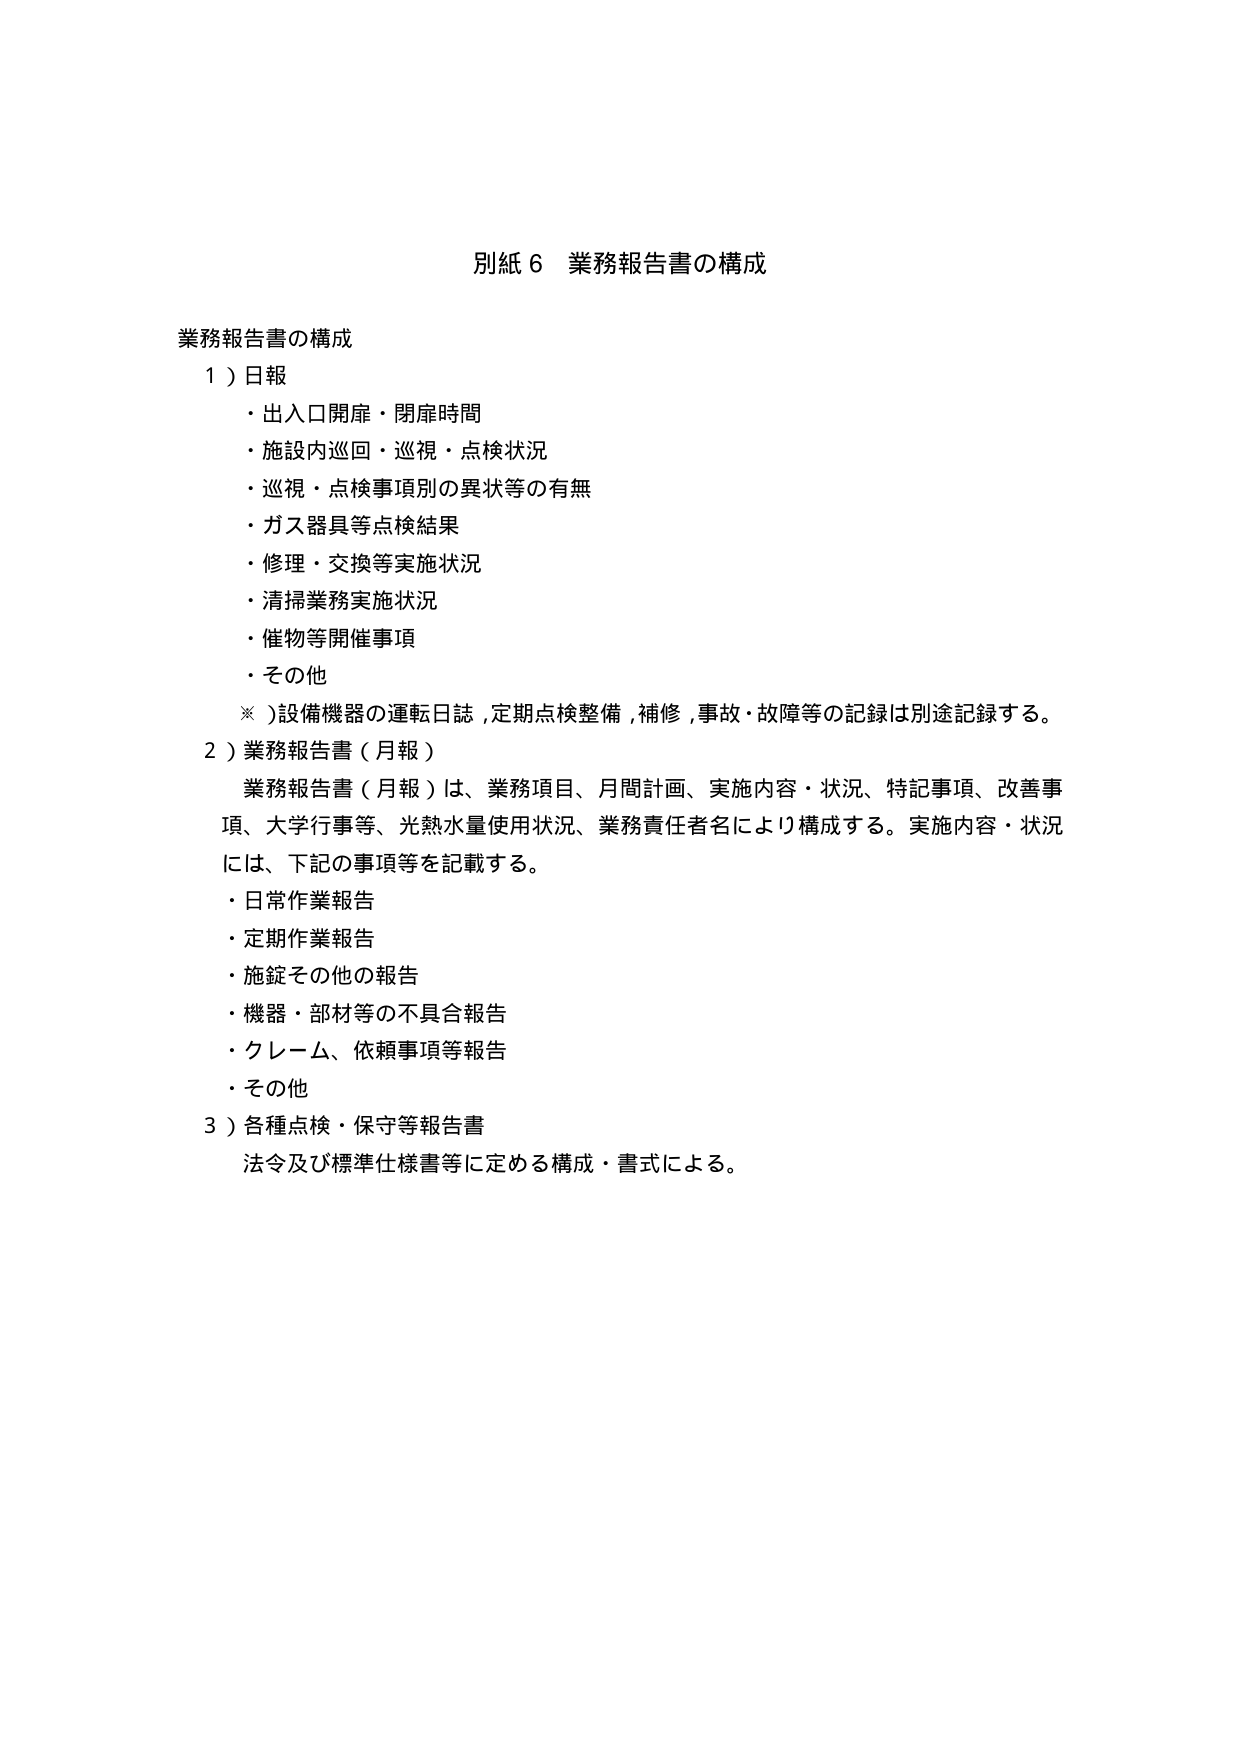
別紙６ 業務報告書の構成

業務報告書の構成
１）日報
・出入口開扉・閉扉時間
・施設内巡回・巡視・点検状況
・巡視・点検事項別の異状等の有無
・ガス器具等点検結果
・修理・交換等実施状況
・清掃業務実施状況
・催物等開催事項
・その他
※）設備機器の運転日誌、定期点検整備、補修、事故・故障等の記録は別途記録する。
２）業務報告書（月報）
業務報告書（月報）は、業務項目、月間計画、実施内容・状況、特記事項、改善事項、大学行事等、光熱水量使用状況、業務責任者名により構成する。実施内容・状況には、下記の事項等を記載する。
・日常作業報告
・定期作業報告
・施錠その他の報告
・機器・部材等の不具合報告
・クレーム、依頼事項等報告
・その他
３）各種点検・保守等報告書
法令及び標準仕様書等に定める構成・書式による。